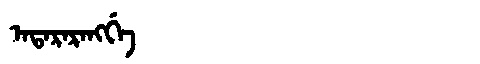
Manchu: ᠠᡨᠠᡵᠠᡵᠠᠩᡤᡝ
Romanization: ATARARANGGE